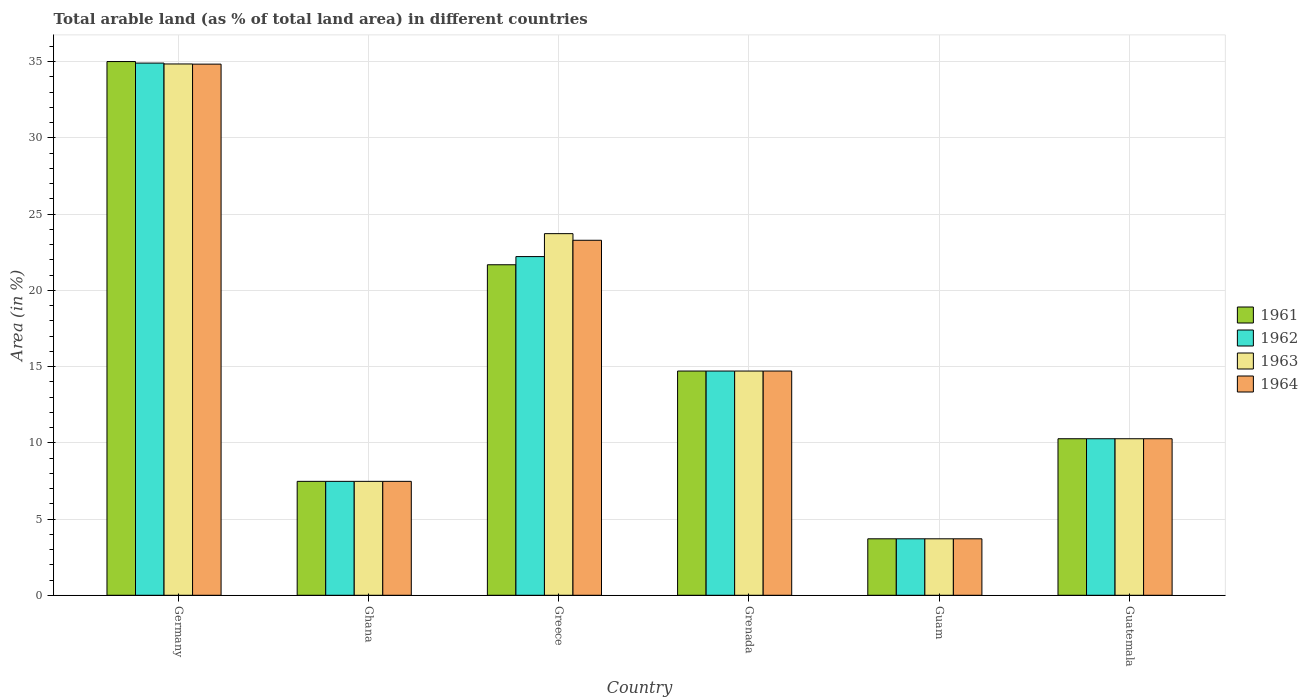
| Country | 1961 | 1962 | 1963 | 1964 |
 | --- | --- | --- | --- | --- |
 | Germany | 35 | 34.9 | 34.8 | 34.8 |
 | Ghana | 7.47 | 7.47 | 7.47 | 7.47 |
 | Greece | 21.7 | 22.2 | 23.7 | 23.3 |
 | Grenada | 14.7 | 14.7 | 14.7 | 14.7 |
 | Guam | 3.7 | 3.7 | 3.7 | 3.7 |
 | Guatemala | 10.3 | 10.3 | 10.3 | 10.3 |